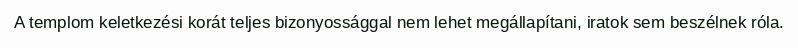
A templom keletkezési korát teljes bizonyossággal nem lehet megállapítani, iratok sem beszélnek róla.